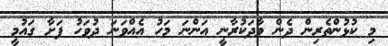
މި ކުޅުންތެރިން ދެން ވާދަކުރާނީ އަންނަ މަހު އެއްވަނަ ދުވަހު ފަށާ ގައުމީ